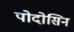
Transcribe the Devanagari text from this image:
पोदोसिन